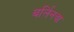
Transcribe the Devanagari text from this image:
बर्लिनचा